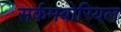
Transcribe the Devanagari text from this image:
सर्कमबोरियल